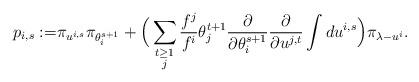
LaTeX: \begin{align*}p_{i,s} := &\pi_{u^{i,s}} \pi_{\theta_i^{s+1}} + \Big( \sum_{\substack{ t\geq1\\ j} } \frac{f^j}{f^i} \theta_j^{t+1} \frac{\partial }{\partial \theta_i^{s+1}} \frac{\partial }{\partial u^{j,t}} \int d u^{i,s} \Big) \pi_{\lambda -u^i} .\end{align*}